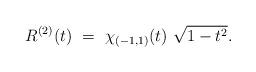
LaTeX: \begin{align*} R^{(2)}(t) \ = \ \chi_{(-1,1)}(t) \ \sqrt{1 - t^2}. \end{align*}